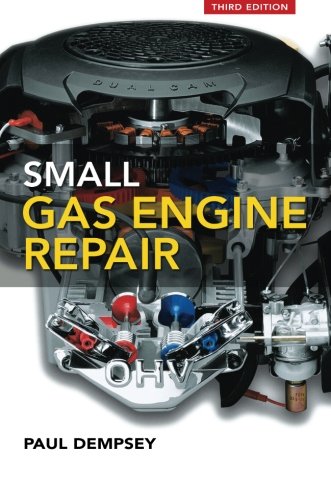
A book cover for Small Gas Engine Repair; Paul Dempsey; Engineering & Transportation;